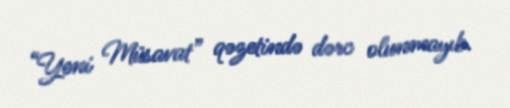
“Yeni Müsavat” qəzetində dərc olunmayıb.